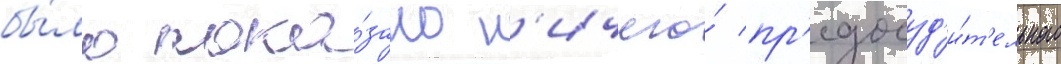
бы́ло пока́зано н'ичего́ пр'едосуд'и́т'ельного